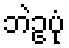
ဘဲဥပုံ